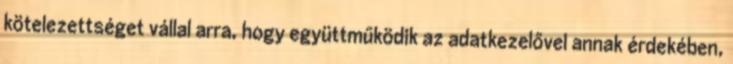
kötelezettséget vállal arra, hogy együttműködik az adatkezelővel annak érdekében,